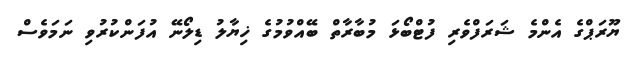
ޔޫރަޕްގެ އެންމެ ޝަރަފްވެރި ފުޓްބޯޅަ މުބާރާތް ބޭއްވުމުގެ ޚިޔާލު ޑިލޯނޭ އުފަންކުރުވި ނަމަވެސް